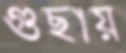
গুছায়